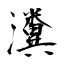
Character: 瀵